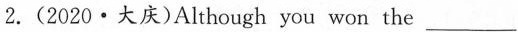
2.(2020·大庆)Although you won the ___